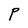
Character: P